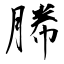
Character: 幐